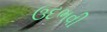
ઉદભવી